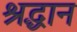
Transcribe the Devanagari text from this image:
श्रद्धान